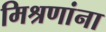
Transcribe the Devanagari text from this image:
मिश्रणांना